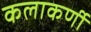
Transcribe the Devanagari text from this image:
कलाकर्णी